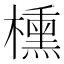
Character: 櫄